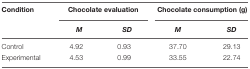
| Condition | <COLSPAN=2> Chocolate evaluation | <COLSPAN=2> Chocolate consumption (g) |
 |  | M | SD | M | SD |
 | --- | --- | --- | --- | --- |
 | Control | 4.92 | 0.93 | 37.70 | 29.13 |
 | Experimental | 4.53 | 0.99 | 33.55 | 22.74 |